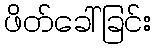
ဖိတ်ခေါ်ခြင်း